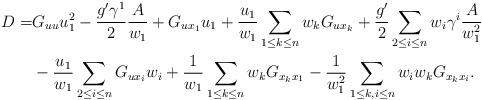
LaTeX: \begin{align*}D=&G_{uu}u_1^2-\frac{g'\gamma^1}{2}\frac{A}{w_1}+G_{ux_1}u_1+\frac{u_1}{w_1}\sum_{1\leq k\leq n} w_kG_{ux_k}+\frac{g'}{2}\sum_{2\leq i\leq n}w_i\gamma^i\frac{A}{w_1^2}\\&-\frac{u_1}{w_1}\sum_{2\leq i\leq n}G_{ux_i}w_i+\frac{1}{w_1}\sum_{1\leq k\leq n} w_kG_{x_kx_1}-\frac{1}{w_1^2}\sum_{1\leq k,i\leq n} w_iw_kG_{x_kx_i}.\end{align*}